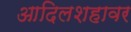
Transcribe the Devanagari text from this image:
आदिलशहावर